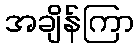
အချိန်ကြာ